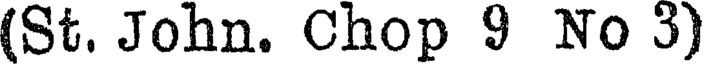
(St. John. Chop 9 No 3)